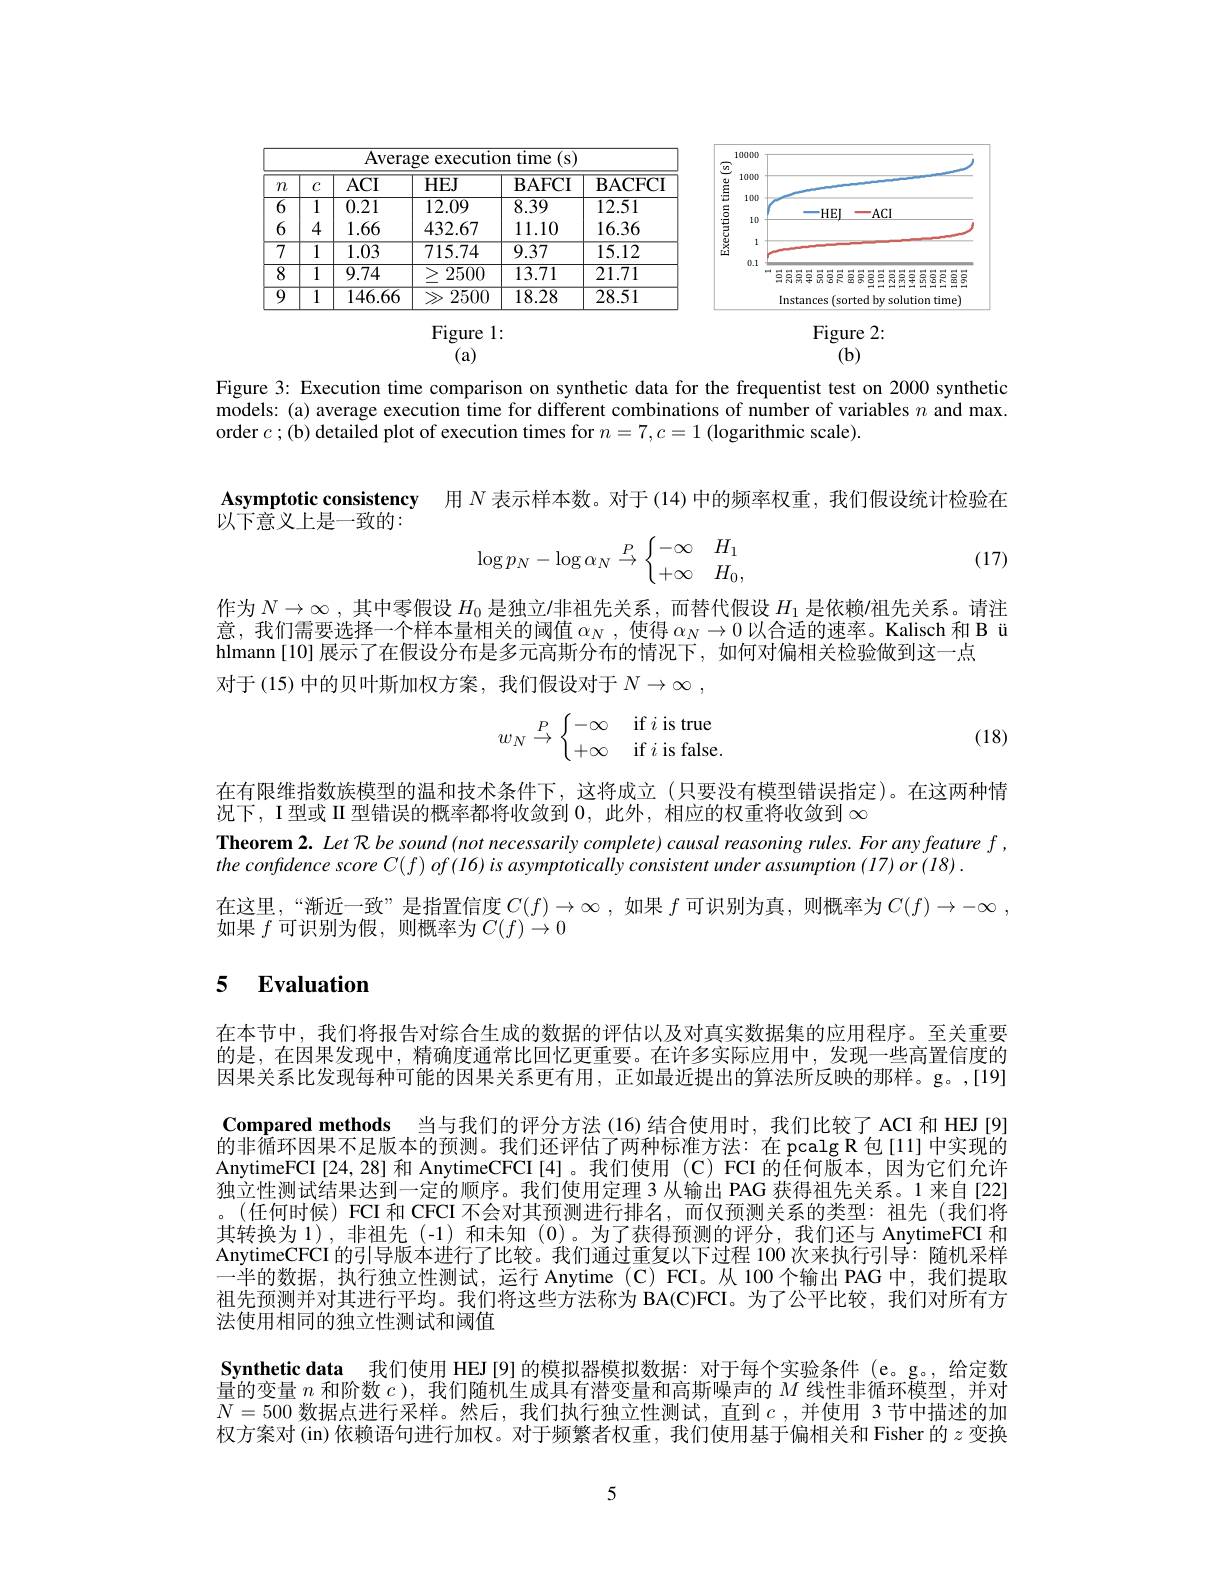
<FigureHere>

<table>
	<tbody>
		<tr>
			<th>$m$</th>
			<th>$C$</th>
			<th>$ACI$</th>
			<th>$HEJ$</th>
			<th>$\mathbf{BAFCI}$</th>
			<th>$\mathbf{BACFC}$</th>
		</tr>
		<tr>
			<td>$\overline{6}$</td>
			<td>1</td>
			<td>0.21</td>
			<td>12.09</td>
			<td>8.39</td>
			<td>12.51</td>
		</tr>
		<tr>
			<td>6</td>
			<td>4</td>
			<td>1.66</td>
			<td>432.67</td>
			<td>11.10</td>
			<td>16.36</td>
		</tr>
		<tr>
			<td>7</td>
			<td>1</td>
			<td>1.03</td>
			<td>715.74</td>
			<td>9.37</td>
			<td>15.12</td>
		</tr>
		<tr>
			<td>$\overline{8}$</td>
			<td>1</td>
			<td>9.74</td>
			<td>2500</td>
			<td>13.71</td>
			<td>21.71</td>
		</tr>
		<tr>
			<td>$\overline{9}$</td>
			<td>1</td>
			<td>$\overline{146.66}$</td>
			<td>2500</td>
			<td>$\overline{18.28}$</td>
			<td>28.51</td>
		</tr>
	</tbody>
</table>

Figure l:

Figure 2:

$(\mathbf{b})$

(a)

Figure 3: Execution time comparison on synthetic data for the frequentist test on 2000 synthetic models: (a) average execution time for different combinations of number of variables $n$ and max. order $c;($b) detailed plot of execution times for $n=7,c=1$ (logarithmic scale).

Asymptotic consistency 用$N$表示样本数。对于(14)中的频率权重，我们假设统计检验在

以下意义上是一致的：

(17)
$$\log p_N-\log\alpha_N\stackrel{P}\to\begin{cases}-\infty&H_1\\+\infty&H_0,\end{cases}$$
作为$N\to\infty$,其中零假设 $H_0$ 是独立$l$非祖先关系，而替代假设 $H_1$ 是依赖/祖先关系。请注意，我们需要选择一个样本量相关的阈值$\alpha_N$,使得$\alpha_N\to0$以合适的速率。Kalisch 和 B ü hlmann [10] 展示了在假设分布是多元高斯分布的情况下，如何对偏相关检验做到这一点
对于(15)中的贝叶斯加权方案，我们假设对于$N\to \infty$ ,
$$w_N\stackrel{P}\to\begin{cases}-\infty&\text{if}i\text{is true}\\+\infty&\text{if}i\text{is false}.\end{cases}$$
(18)

在有限维指数族模型的温和技术条件下，这将成立(只要没有模型错误指定)。在这两种情
况下，I 型或 II 型错误的概率都将收敛到0，此外，相应的权重将收敛到$\infty$
Theorem 2. Let R be sound (not necessarily complete) causal reasoning rules. For any feature $f$,
the confidence score $C(f)of(16)is$ asymptotically consistent under assumption (17) or (18) .
在这里，“渐近一致”是指置信度$C(f)\to\infty$ ,如果 $f$ 可识别为真，则概率为$C(f)\to-\infty$,
如果$f$可识别为假，则概率为$C(f)\to0$

# 5 $\textbf{Evaluation}$

在本节中，我们将报告对综合生成的数据的评估以及对真实数据集的应用程序。至关重要的是，在因果发现中，精确度通常比回忆更重要。在许多实际应用中，发现一些高置信度的因果关系比发现每种可能的因果关系更有用，正如最近提出的算法所反映的那样。g。,[19] Compared methods 当与我们的评分方法(16)结合使用时，我们比较了ACI 和 HEJ [9] 的非循环因果不足版本的预测。我们还评估了两种标准方法：在 pcalg R 包[11]中实现的AnytimeFCI[24,28] 和 AnytimeCFCI[4]。我们使用(C)FCI 的任何版本，因为它们允许独立性测试结果达到一定的顺序。我们使用定理 3 从输出 PAG 获得祖先关系。1 来自[22] 。(任何时候) FCI 和 CFCI 不会对其预测进行排名，而仅预测关系的类型：祖先(我们将其转换为 1),非祖先(-1)和未知(0)。为了获得预测的评分，我们还与 AnytimeFCI 和AnytimeCFCI 的引导版本进行了比较。我们通过重复以下过程 100 次来执行引导：随机采样$\dot{\text{一半的数据，执行独立性测试，运行 Anytime(C)FCI。从 100 个输出 PAG 中，我们提取}}$ 祖先预测并对其进行平均。我们将这些方法称为 BA(C)FCI。为了公平比较，我们对所有方法使用相同的独立性测试和阈值
Synthetic data 我们使用 HEJ[9] 的模拟器模拟数据：对于每个实验条件 (e。g。, 给定数$\bar{\text{量的变量 }n\text{ 和阶数 }c}$ ),我们随机生成具有潜变量和高斯噪声的$M$线性非循环模型，并对$\overline{N}=500$数据点进行采样。然后，我们执行独立性测试，直到$c$,并使用 3 节中描述的加权方案对 (in) 依赖语句进行加权。对于频繁者权重，我们使用基于偏相关和 Fisher 的$z$变换

5